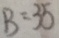
B = 3 5